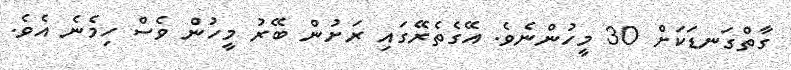
ގާތްގަނޑަކަށް 30 މީހުންނެވެ. އޭގެތެރޭގައި ރަށުން ބޭރު މީހުން ވެސް ހިމެނެ އެވެ.